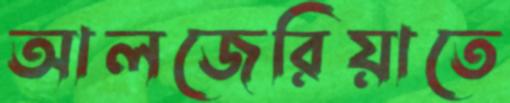
আলজেরিয়াতে